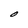
Character: O